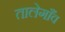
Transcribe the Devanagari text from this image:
तालेगाँव